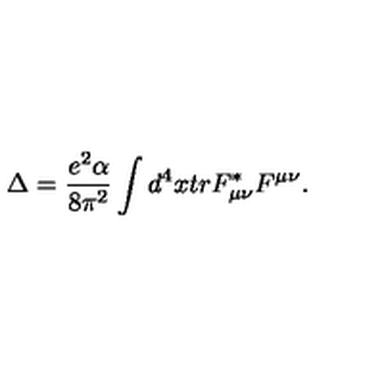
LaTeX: \Delta = \frac { e ^ { 2 } \alpha } { 8 \pi ^ { 2 } } \int d ^ { 4 } x t r F _ { \mu \nu } ^ { * } F ^ { \mu \nu } .